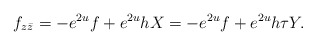
\begin{align*}f_{z\bar{z}} = - e^{2u} f + e^{2u} h X= - e^{2u} f + e^{2u} h \tau Y. \end{align*}